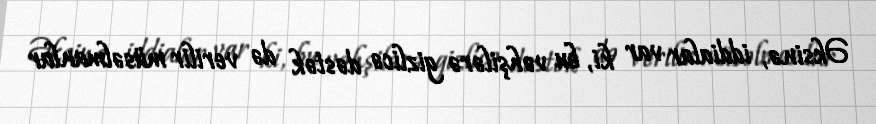
Əksinə, iddialar var ki, bu vəhşilərə gizlicə dəstək də verilir müsəlmanlar